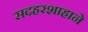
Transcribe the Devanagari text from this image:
सदहरशाहाने